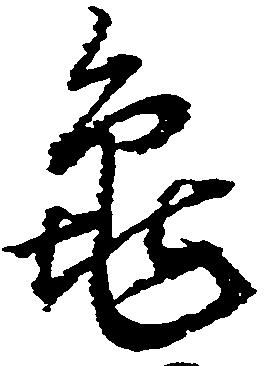
亀